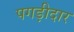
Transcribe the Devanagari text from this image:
पगड़ीदार